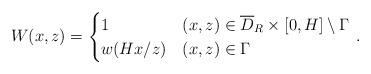
LaTeX: \begin{align*} W(x,z)=\begin{cases}1 & (x,z)\in \overline{D}_R\times[0,H]\setminus\Gamma\\w(Hx/z) & (x,z)\in\Gamma\end{cases}\,.\end{align*}